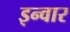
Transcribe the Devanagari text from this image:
इन्वार